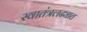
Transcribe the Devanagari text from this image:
स्वातंत्रलढ्यात